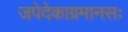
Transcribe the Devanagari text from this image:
जपेदेकाग्रमानसः